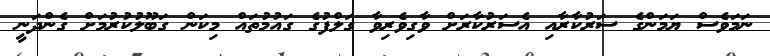
ނަމަވެސް ޔަމަންގެ ސަރުކާރާއި އެސަރުކާރަށް ވާގިވެރިވާ ގަލްފުގެ ގައުމުތައް މިކަން ގަބޫލުކުރުމަށް ގެންދަނީ